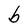
Character: b